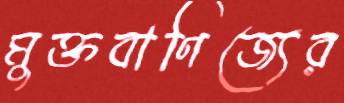
মুক্তবাণিজ্যের